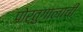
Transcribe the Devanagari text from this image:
पोर्तुगालाची